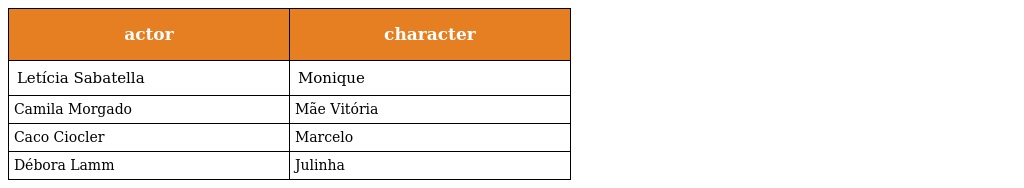
| actor | character |
 | --- | --- |
 | Letícia Sabatella | Monique |
 | Camila Morgado | Mãe Vitória |
 | Caco Ciocler | Marcelo |
 | Débora Lamm | Julinha |